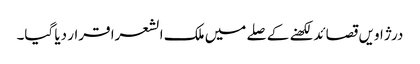
درژاویں قصائد لکھنے کے صلے میں ملک الشعرا قرار دیا گیا۔